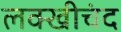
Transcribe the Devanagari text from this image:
लक्खीचंद